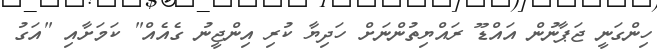
ހިންގަނީ ޖަޕާނުން އައްޑޫ ރައްޔިތުންނަށް ހަދިޔާ ކުރި އިންޖީނު ގެއެއް" ކަމަށާއި "އަގު